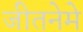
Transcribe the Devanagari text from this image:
जीतनेमे